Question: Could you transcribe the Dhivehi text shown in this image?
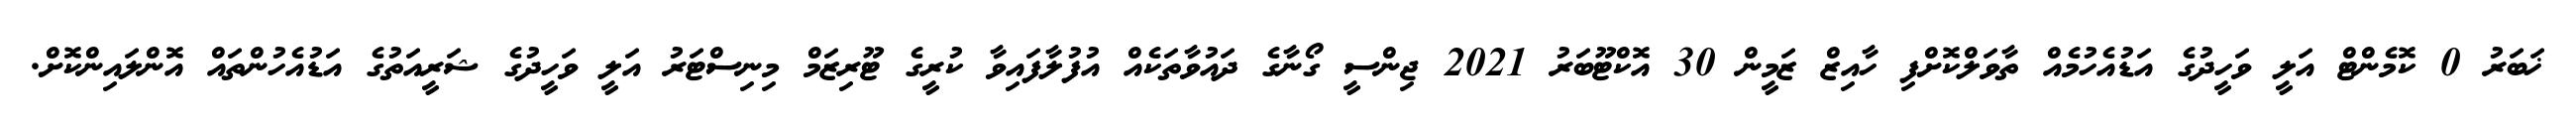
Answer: ޚަބަރު 0 ކޮމެންޓް އަލީ ވަހީދުގެ އަޑުއެހުމެއް ތާވަލްކޮށްފި ހާއިޒް ޒަމީން 30 އޮކްޓޫބަރު 2021 ޖިންސީ ގޯނާގެ ދައުވާތަކެއް އުފުލާފައިވާ ކުރީގެ ޓޫރިޒަމް މިނިސްޓަރު އަލީ ވަހީދުގެ ޝަރީއަތުގެ އަޑުއެހުންތައް އޮންލައިންކޮށް.